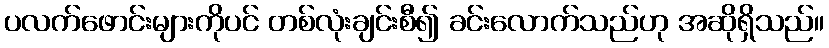
ပလက်ဖောင်းများကိုပင် တစ်လုံးချင်းစီ၍ ခင်းလောက်သည်ဟု အဆိုရှိသည်။